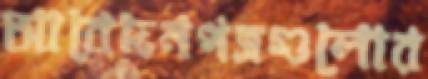
আবেদনপত্রগুলোর